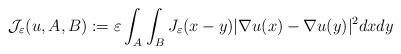
LaTeX: \begin{align*}\mathcal{J}_{\varepsilon}(u,A,B):=\varepsilon\int_{A}\int_{B}J_{\varepsilon}(x-y)|\nabla u(x)-\nabla u(y)|^{2}dxdy \end{align*}